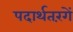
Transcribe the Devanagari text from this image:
पदार्थतरंगें